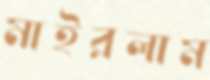
মাইরলাম